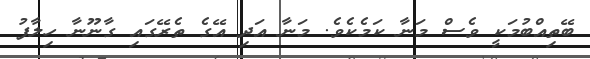
ބޭތިއްބުމަކީ ވެސް މަނާ ކަމެކެވެ. މަނާ އަދި އޭގެ ތެރޭގައި ގާނޫނާ ހިލާފު